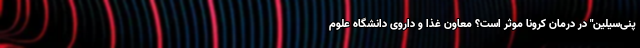
پنی‌سیلین" در درمان کرونا موثر است؟ معاون غذا و داروی دانشگاه علوم